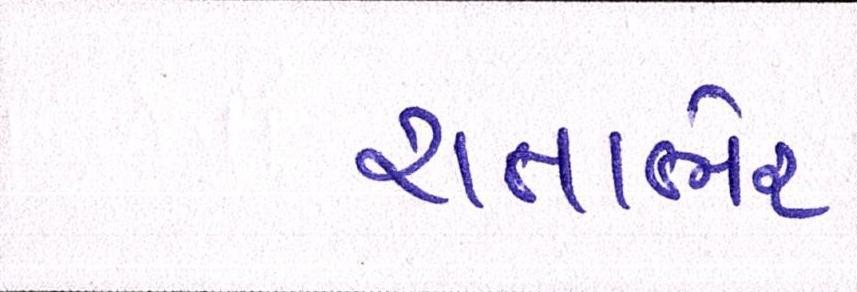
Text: રાતાભેર